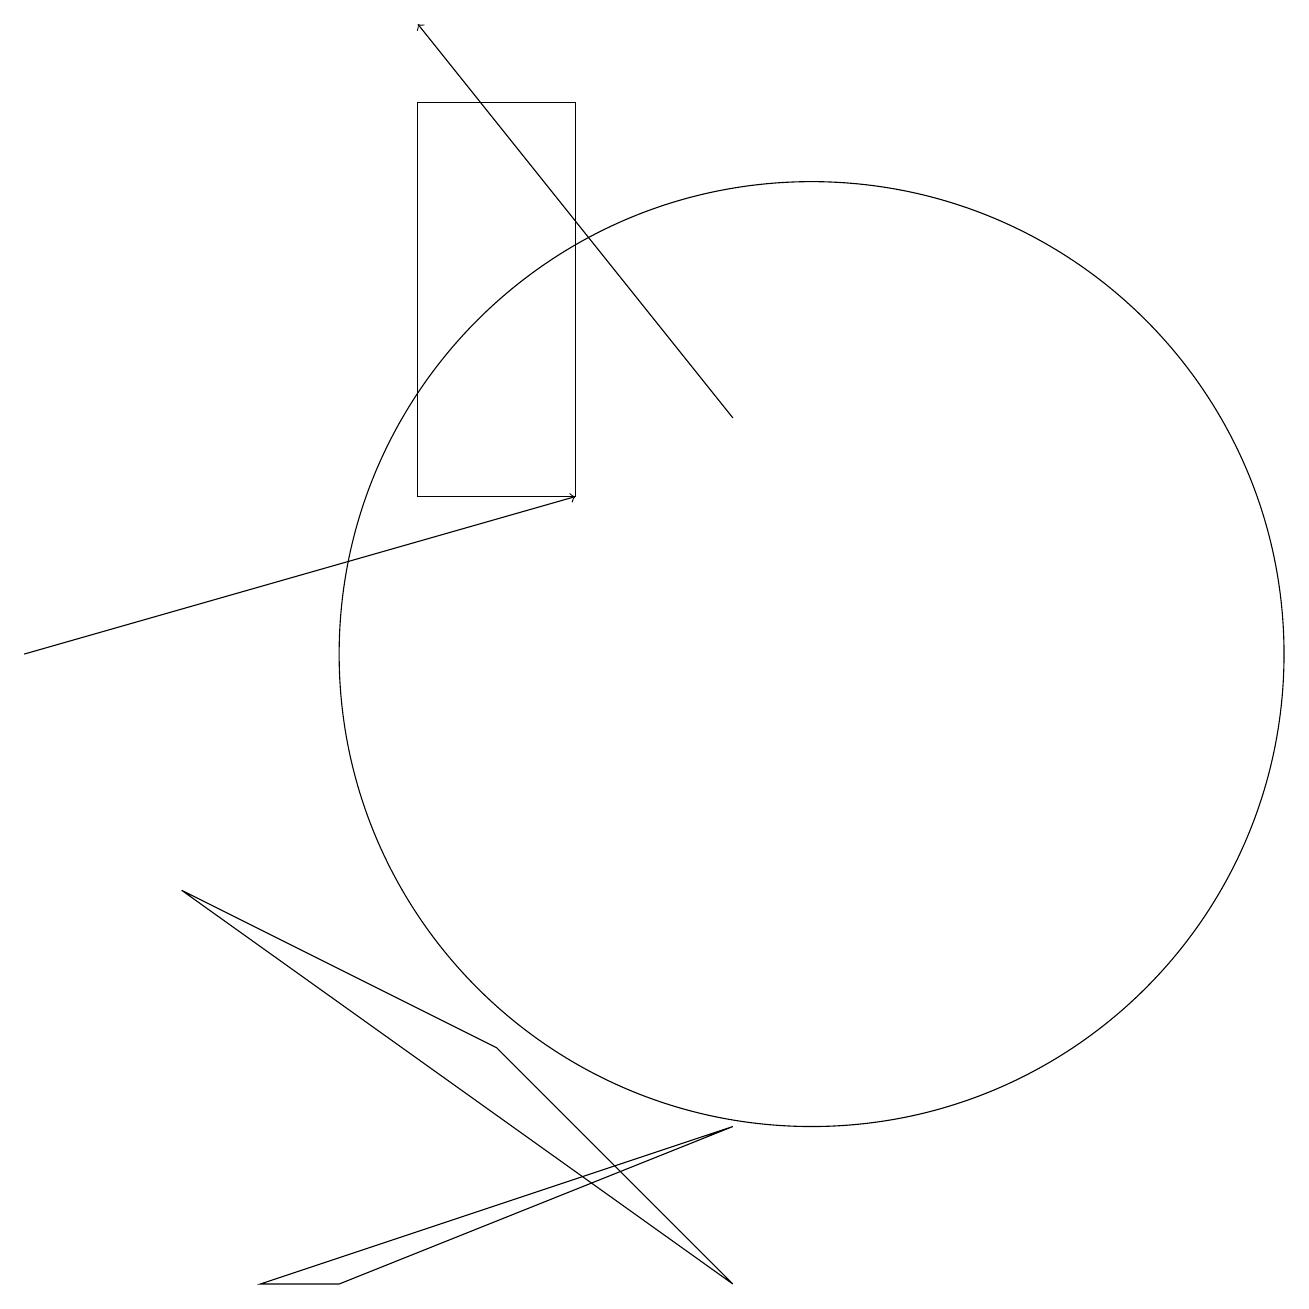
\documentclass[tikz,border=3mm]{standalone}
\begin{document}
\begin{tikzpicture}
\draw[->] (0,10) -- (7,12);
\draw (10,10) circle (6);
\draw[->] (9,13) -- (5,18);
\draw (9,2) -- (2,7) -- (6,5) -- cycle;
\draw (9,4) -- (4,2) -- (3,2) -- cycle;
\draw (7,17) rectangle (5,12);
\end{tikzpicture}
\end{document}